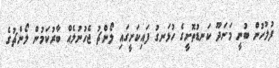
ފުލުހުން ބުނީ މަނަދޫ ކަނޑުތޮށީގެ ހުޅަނގު ފައިކަށީގައި ލޯންޗު ޖެހުނުލެއް ބާރުކަމުން ލޯންޗުގެ